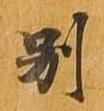
別